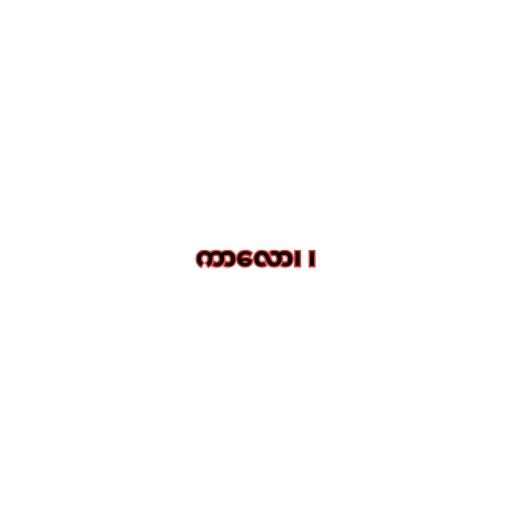
ကာလော၊ ၊